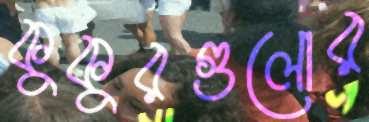
কুকুরগুলোর